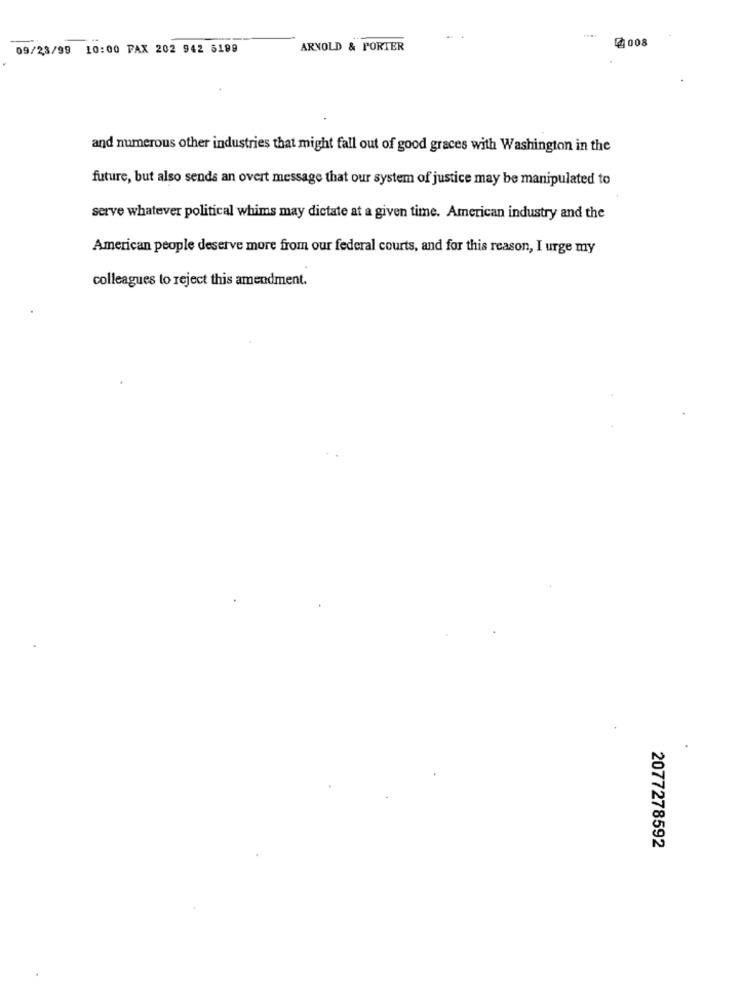
4008
09/23/99 10:00 PAX 202 942 5199
ARNOLD & PORTER
and numerous other industries that might fall out of good graces with Washington in the
future, but also sends an overt message that our system of justice may be manipulated to
serve whatever political whims may dictate at a given time. American industry and the
American people deserve more from our federal courts, and for this reason, I urge my
colleagues to reject this amendment.
2077278592